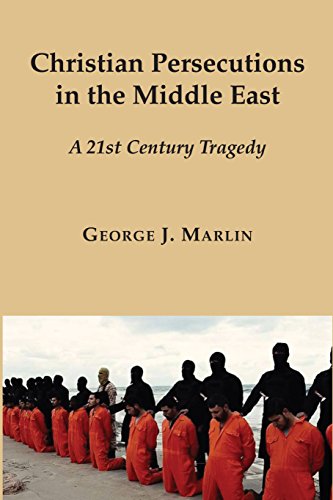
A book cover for Christian Persecutions in the Middle East: A 21st Century Tragedy; George J. Marlin; Religion & Spirituality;